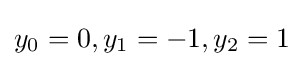
{\textstyle y_{0}=0,y_{1}=-1,y_{2}=1}